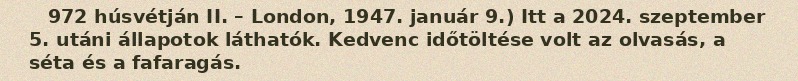
972 húsvétján II. – London, 1947. január 9.) Itt a 2024. szeptember 5. utáni állapotok láthatók. Kedvenc időtöltése volt az olvasás, a séta és a fafaragás.